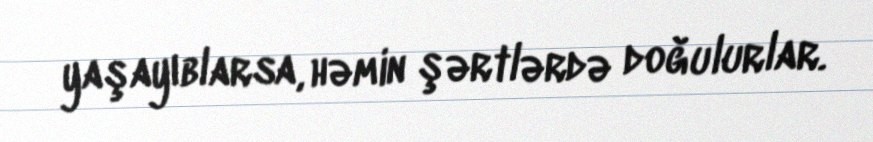
yaşayıblarsa, həmin şərtlərdə doğulurlar.